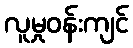
လူမှုဝန်းကျင်